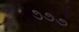
૭૭૭